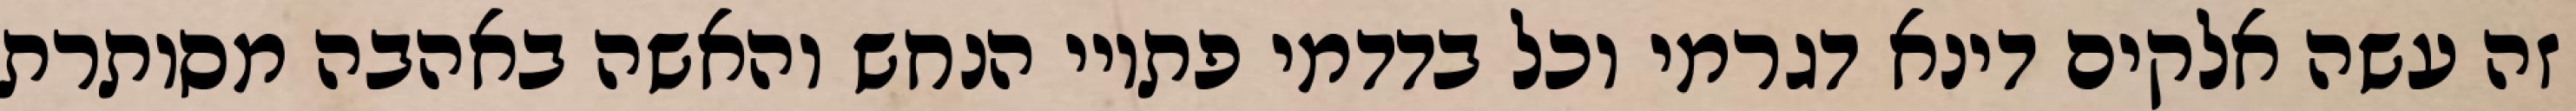
זה עשה אלקים דינא דגרמי וכל בדדמי פתויי הנחש והאשה באהבה מסותרת